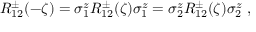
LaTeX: R _ { 1 2 } ^ { \pm } ( - \zeta ) = \sigma _ { 1 } ^ { z } R _ { 1 2 } ^ { \pm } ( \zeta ) \sigma _ { 1 } ^ { z } = \sigma _ { 2 } ^ { z } R _ { 1 2 } ^ { \pm } ( \zeta ) \sigma _ { 2 } ^ { z } ~ ,